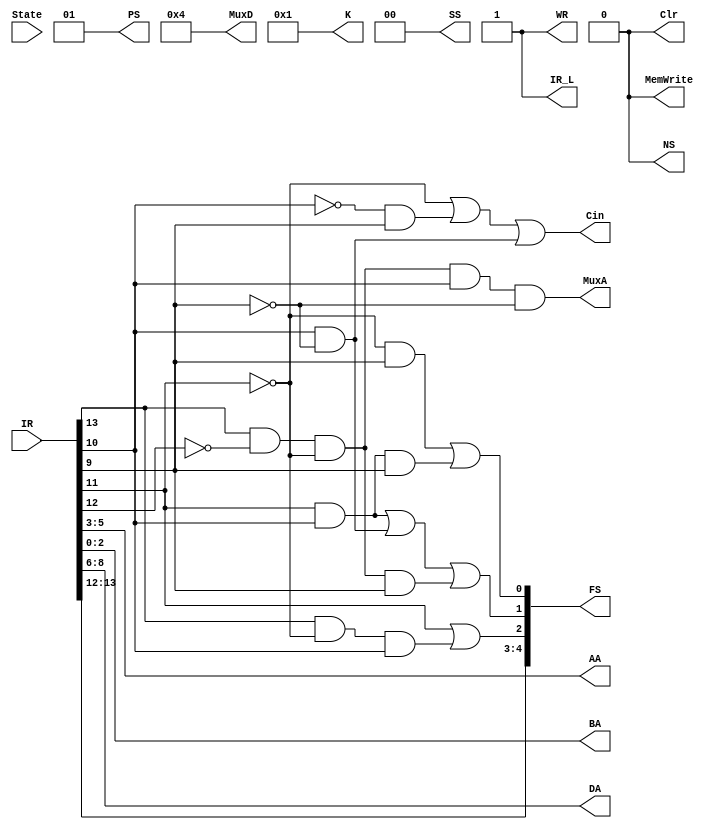
module CPU_Decoder01(IR,PS,IR_L,AA,BA,DA,WR,Clr, FS,Cin,MuxD,MuxA,K,MemWrite,SS,State,NS);
    input [15:0]IR;
    output reg [1:0]PS;
    output reg IR_L;
    output reg [2:0]AA;
    output reg [2:0]BA;
    output reg [2:0]DA;
    output reg WR;
    output reg Clr;
    output reg [4:0]FS;
    output reg Cin;
    output reg [4:0]MuxD;
    output reg MuxA;
    output reg [15:0]K;
    output reg MemWrite;
    output reg [1:0]SS;
    input State;
    output reg NS;
    
    always@* begin
    FS[4]<=IR[13];
    FS[3]<=IR[12];
    FS[2]<=IR[11]|IR[13]&~IR[11]&IR[10];
    FS[1]<=IR[11]&IR[10]|IR[10]&~IR[9]|IR[13]&~IR[12]&~IR[11]&IR[9];
    FS[0]<=~IR[11]&IR[9]|IR[11]&IR[10]&IR[9];
    PS[1:0]<=2'b01;
    
    IR_L <= 1'b1;
    
    AA[2:0]<=IR[5:3];
    BA[2:0]<=IR[2:0];
    
    DA[2:0]<=IR[8:6];
    
    WR <= 1'b1;
    
    Clr <= 1'b0;
    
    Cin<=~IR[11]|~IR[10]&IR[9]|IR[10]&~IR[9];
    
    MuxD[4:0]<=5'b00100;
    
    MuxA<= IR[13]&~IR[12]&~IR[11]&IR[10]&~IR[9];
    
    K[15:0]<=16'b0000000000000001;
    
    MemWrite <= 0;
    
    SS[1:0]<=2'b0;
    
    NS <=0;
    
    MuxD[4:0] <= 5'b00100;
    end
endmodule